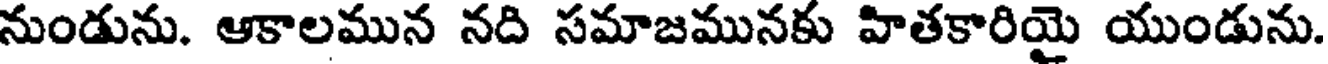
నుండును. ఆకాలమున నది సమాజమునకు హితకారియై యుండును.